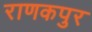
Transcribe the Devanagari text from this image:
राणकपुर